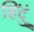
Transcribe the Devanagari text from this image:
हिंदुं